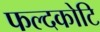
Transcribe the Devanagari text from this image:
फल्दकोटि